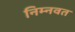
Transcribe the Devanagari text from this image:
निम्‍नवत